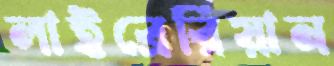
লাইব্রেরিয়ান